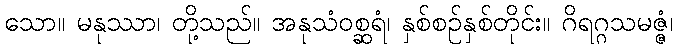
သော။ မနုဿာ၊ တို့သည်။ အနုသံဝစ္ဆရံ၊ နှစ်စဉ်နှစ်တိုင်း။ ဂိရဂ္ဂသမဇ္ဇံ၊